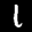
Label: 1